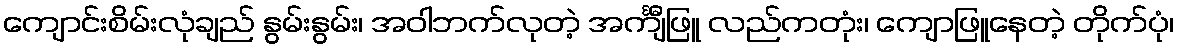
ကျောင်းစိမ်းလုံချည် နွမ်းနွမ်း၊ အဝါဘက်လုတဲ့ အင်္ကျီဖြူ လည်ကတုံး၊ ကျောဖြူနေတဲ့ တိုက်ပုံ၊